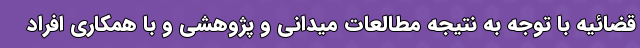
قضائیه با توجه به نتیجه مطالعات میدانی و پژوهشی و با همکاری افراد